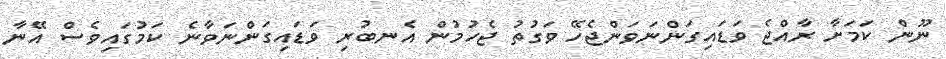
ނޫން ކަމަށާ ރާއްޖެ ވަޑައިގަންނަވަންޖެހޭ ވަގުތު ޖެހުމުން އެނބުރި ވަޑައިގަންނަވާނެ ކަމުގައިވެސް އޭނާ